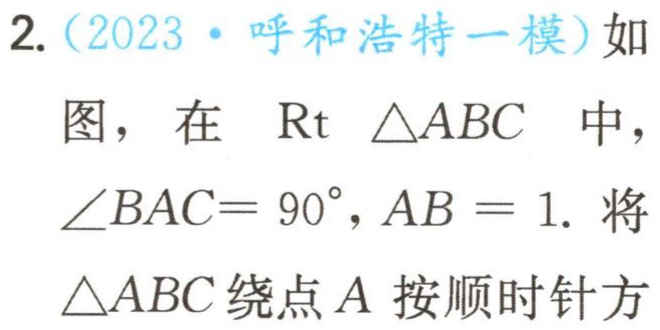
2.（2023·呼和浩特一模）如图，在$\mathrm{Rt}\triangle ABC$中，$\angle BAC = 90^{\circ},AB = 1.$将$\triangle ABC$绕点$A$按顺时针方